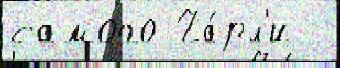
самого Ча́рл'и